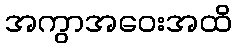
အကွာအဝေးအထိ